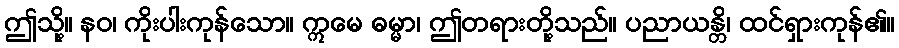
ဤသို့။ နဝ၊ ကိုးပါးကုန်သော။ ဣမေ ဓမ္မာ၊ ဤတရားတို့သည်။ ပညာယန္တိ၊ ထင်ရှားကုန်၏။